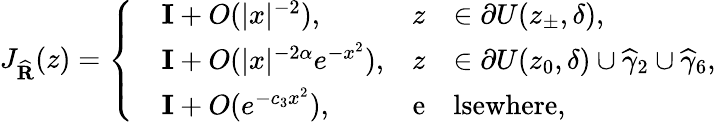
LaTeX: J_{\widehat{\mathbf{R}}}(z)=\left\{ \begin{array}{rlrl}&{\mathbf{I}+O(|x|^{-2}),}&{z}&{\in\partial U(z_{\pm},\delta),}\\ &{\mathbf{I}+O(|x|^{-2\alpha}e^{-x^{2}}),}&{z}&{\in\partial U(z_{0},\delta)\cup\widehat{\gamma}_{2}\cup\widehat{\gamma}_{6},}\\ &{\mathbf{I}+O(e^{-c_{3}x^{2}}),}&{\mathrm{e}}&{\mathrm{lsewhere},}\end{array}\right.